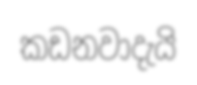
කඩනවාදැයි